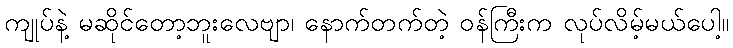
ကျုပ်နဲ့ မဆိုင်တော့ဘူးလေဗျာ၊ နောက်တက်တဲ့ ဝန်ကြီးက လုပ်လိမ့်မယ်ပေါ့။